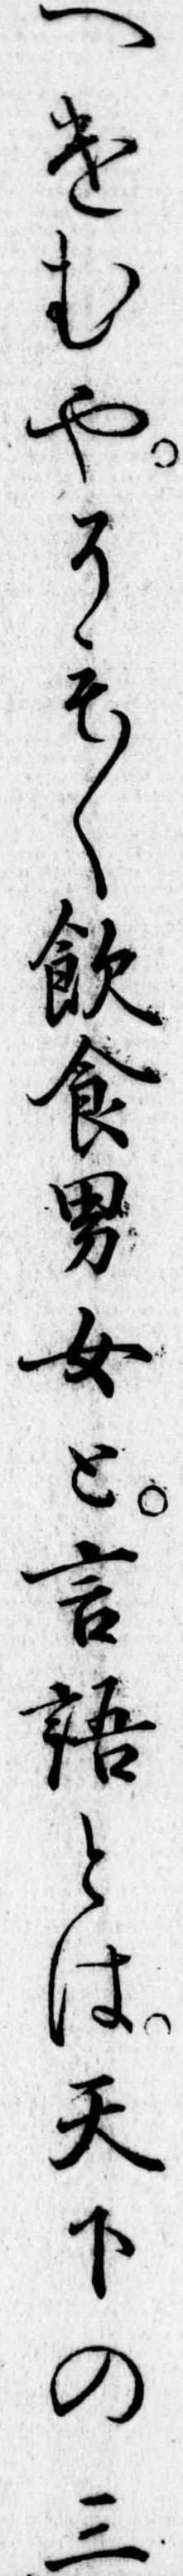
へけむやそも〱飲食男女と言語とは天下の三